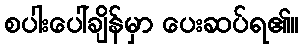
စပါးပေါ်ချိန်မှာ ပေးဆပ်ရ၏။